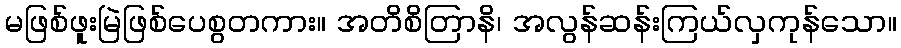
မဖြစ်ဖူးမြဲဖြစ်ပေစွတကား။ အတိစိတြာနိ၊ အလွန်ဆန်းကြယ်လှကုန်သော။